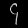
Digit: ၄